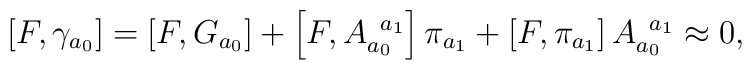
\left[ F,\gamma _{a_{0}}\right] =\left[ F,G_{a_{0}}\right] +\left[F,A_{a_{0}}^{\;\;a_{1}}\right] \pi _{a_{1}}+\left[ F,\pi _{a_{1}}\right]A_{a_{0}}^{\;\;a_{1}}\approx 0,